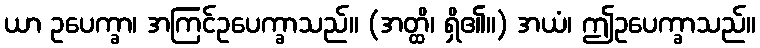
ယာ ဥပေက္ခာ၊ အကြင်ဥပေက္ခာသည်။ (အတ္ထိ၊ ရှိ၏။) အယံ၊ ဤဥပေက္ခာသည်။